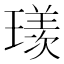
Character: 𱯥